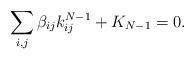
LaTeX: \begin{align*}\sum_{i,j}\beta_{ij}k_{ij}^{N-1}+K_{N-1}=0.\end{align*}